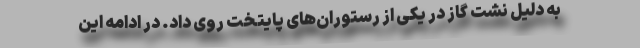
به دلیل نشت گاز در یکی از رستوران‌های پایتخت روی داد. در ادامه این